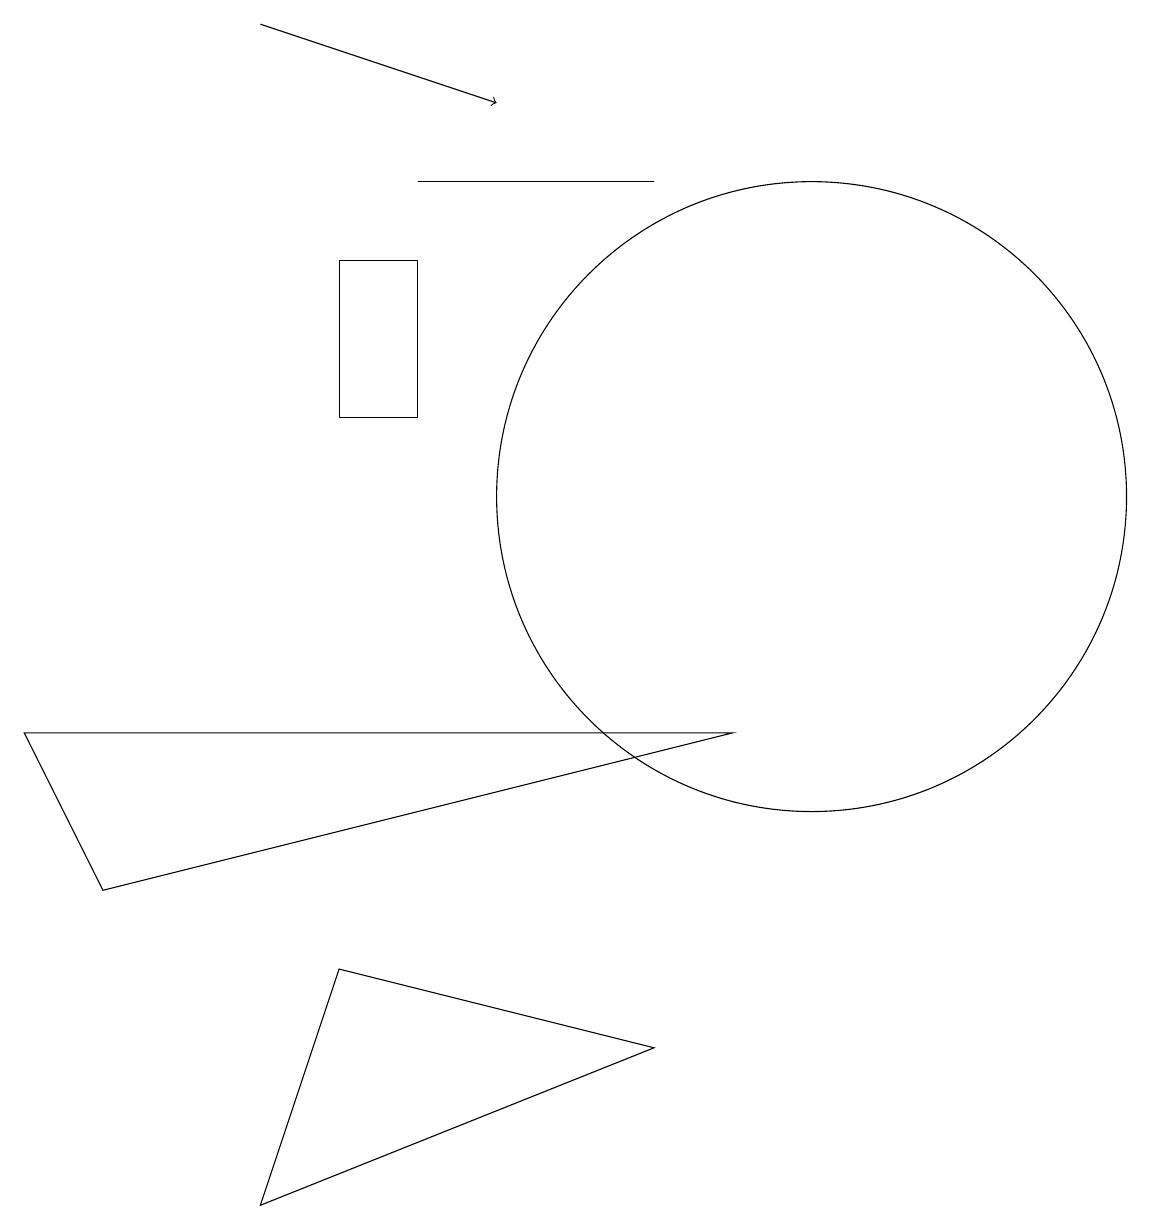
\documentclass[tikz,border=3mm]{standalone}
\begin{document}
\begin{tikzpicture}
\draw (9,8) -- (1,6) -- (0,8) -- cycle;
\draw (10,11) circle (4);
\draw[->] (3,17) -- (6,16);
\draw (5,14) rectangle (4,12);
\draw (8,4) -- (4,5) -- (3,2) -- cycle;
\draw (8,15) rectangle (5,15);
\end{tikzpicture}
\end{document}